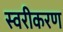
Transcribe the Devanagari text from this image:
स्वरीकरण